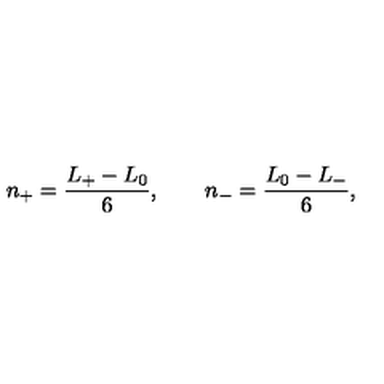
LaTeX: n _ { + } = \frac { L _ { + } - L _ { 0 } } { 6 } , \qquad n _ { - } = \frac { L _ { 0 } - L _ { - } } { 6 } ,